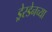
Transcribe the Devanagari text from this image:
ड्रेस्डेनच्या